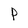
Character: P